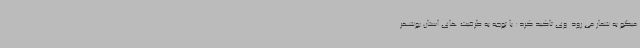
میگو به شمار می رود. وی تاکید کرد: با توجه به ظرفیت های استان بوشهر